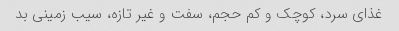
غذای سرد، کوچک و کم حجم، سفت و غیر تازه، سیب زمینی بد